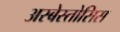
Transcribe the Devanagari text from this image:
अस्बेस्तोसिस